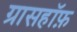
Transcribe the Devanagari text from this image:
ग्रासहॉफ़